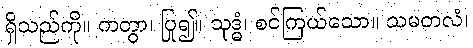
ရှိသည်ကို။ ကတွာ၊ ပြု၍။ သုဒ္ဓံ၊ စင်ကြယ်သော။ သမတလံ၊